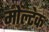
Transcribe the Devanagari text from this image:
मोल्टेक